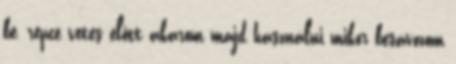
be, repce vetés előtt akarom majd használni mikor besávozom